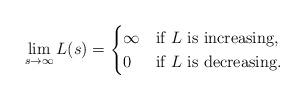
LaTeX: \begin{align*}\lim_{s\to\infty}L(s)=\begin{cases}\infty&\mbox{if $L$ is increasing},\\0&\mbox{if $L$ is decreasing}.\end{cases}\end{align*}